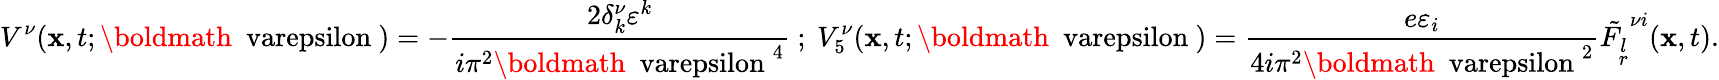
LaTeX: V^{\nu}({\mathbf x},t;\mathrm{{\boldmath~\ varepsilon~}})=-\frac{2\delta_{k}^{\nu}\varepsilon^{k}}{i\pi^{2}{\mathrm{{\boldmath~\ varepsilon~}}}^{4}}\ ;\ V_{5}^{\nu}({\mathbf x},t;\mathrm{{\boldmath~\ varepsilon~}})=\frac{e\varepsilon_{i}}{4i\pi^{2}{\mathrm{{\boldmath~\ varepsilon~}}}^{2}}{\tilde{F_{\stackrel{{\scriptstyle{l}}}{{\scriptstyle{r}}}}}}^{\nu i}({\mathbf x},t).